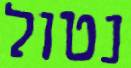
נטול